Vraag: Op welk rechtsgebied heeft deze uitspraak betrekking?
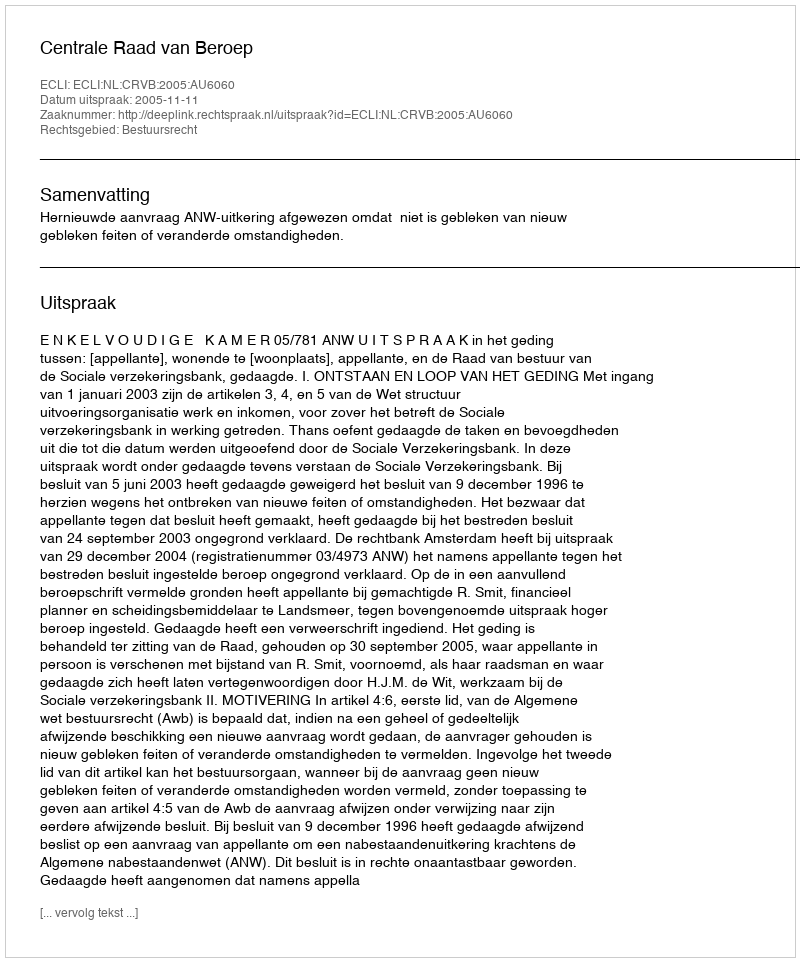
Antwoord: Bestuursrecht